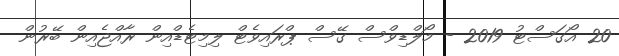
20 އޯގަސްޓު 2019 - މޯލްޑިވްސް ގޭސް ޕްރައިވެޓް ލިމިޓެޑްއިން ރާއްޖެއިން ބޭރުން